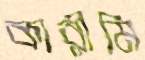
কারীমি